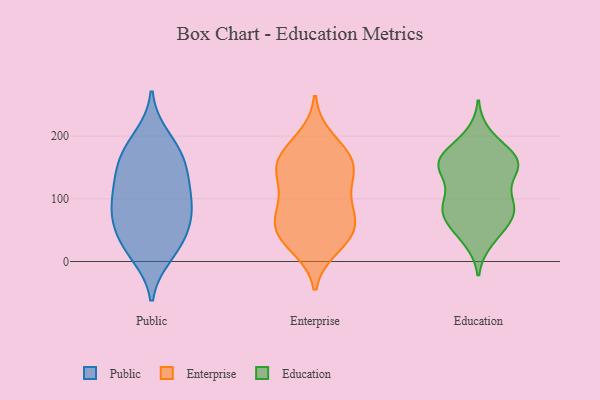
{"axis": {"x": "Production Output", "y": "Value"}, "legend": ["Education", "Enterprise", "Public"], "data": [{"x": "", "y": 162, "type": "Public"}, {"x": "", "y": 55, "type": "Public"}, {"x": "", "y": 125, "type": "Public"}, {"x": "", "y": 198, "type": "Public"}, {"x": "", "y": 25, "type": "Public"}, {"x": "", "y": 25, "type": "Public"}, {"x": "", "y": 176, "type": "Public"}, {"x": "", "y": 132, "type": "Public"}, {"x": "", "y": 168, "type": "Public"}, {"x": "", "y": 66, "type": "Public"}, {"x": "", "y": 11, "type": "Public"}, {"x": "", "y": 75, "type": "Public"}, {"x": "", "y": 119, "type": "Public"}, {"x": "", "y": 83, "type": "Public"}, {"x": "", "y": 92, "type": "Public"}, {"x": "", "y": 40, "type": "Enterprise"}, {"x": "", "y": 83, "type": "Enterprise"}, {"x": "", "y": 166, "type": "Enterprise"}, {"x": "", "y": 136, "type": "Enterprise"}, {"x": "", "y": 158, "type": "Enterprise"}, {"x": "", "y": 60, "type": "Enterprise"}, {"x": "", "y": 195, "type": "Enterprise"}, {"x": "", "y": 75, "type": "Enterprise"}, {"x": "", "y": 97, "type": "Enterprise"}, {"x": "", "y": 45, "type": "Enterprise"}, {"x": "", "y": 128, "type": "Enterprise"}, {"x": "", "y": 44, "type": "Enterprise"}, {"x": "", "y": 24, "type": "Enterprise"}, {"x": "", "y": 164, "type": "Enterprise"}, {"x": "", "y": 155, "type": "Enterprise"}, {"x": "", "y": 68, "type": "Education"}, {"x": "", "y": 156, "type": "Education"}, {"x": "", "y": 35, "type": "Education"}, {"x": "", "y": 154, "type": "Education"}, {"x": "", "y": 43, "type": "Education"}, {"x": "", "y": 160, "type": "Education"}, {"x": "", "y": 92, "type": "Education"}, {"x": "", "y": 72, "type": "Education"}, {"x": "", "y": 163, "type": "Education"}, {"x": "", "y": 182, "type": "Education"}, {"x": "", "y": 89, "type": "Education"}, {"x": "", "y": 152, "type": "Education"}, {"x": "", "y": 94, "type": "Education"}, {"x": "", "y": 99, "type": "Education"}, {"x": "", "y": 142, "type": "Education"}, {"x": "", "y": 149, "type": "Education"}, {"x": "", "y": 158, "type": "Education"}, {"x": "", "y": 200, "type": "Education"}, {"x": "", "y": 86, "type": "Education"}, {"x": "", "y": 62, "type": "Education"}]}